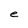
Character: e